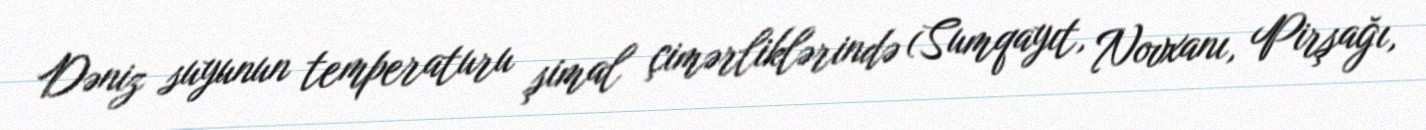
Dəniz suyunun temperaturu şimal çimərliklərində (Sumqayıt, Novxanı, Pirşağı,